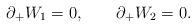
LaTeX: \begin{align*}\partial_+ W_1 = 0, \qquad \partial_+ W_2 = 0. \end{align*}